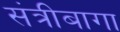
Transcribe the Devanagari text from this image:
संत्रीबागा